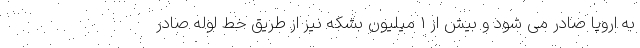
به اروپا صادر می شود و بیش از 1 میلیون بشکه نیز از طریق خط لوله صادر